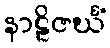
နာဠိဇင်္ဃံ